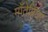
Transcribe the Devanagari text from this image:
माँतेग्नियर